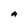
Character: A